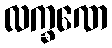
လက္ခဏေ